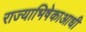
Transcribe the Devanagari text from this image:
राज्याभिषेकाआधी